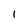
Character: 1